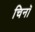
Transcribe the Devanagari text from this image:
चिनॉ